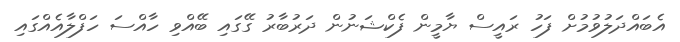
އެބައްދަލުވުމުށް ފަހު ރައީސް ޔާމީން ފެކްޝަނުން ދަރުބާރު ގޭގައި ބޭއްވި ހާއްސަ ހަފްލާއެއްގައި